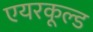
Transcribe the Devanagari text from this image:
एयरकूल्ड